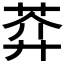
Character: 𦲈